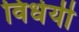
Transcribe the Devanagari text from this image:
विधेयी